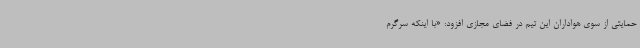
حمایتی از سوی هواداران این تیم در فضای مجازی افزود: «با اینکه سرگرم